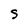
Character: S